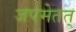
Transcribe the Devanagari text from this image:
जपमेतत्